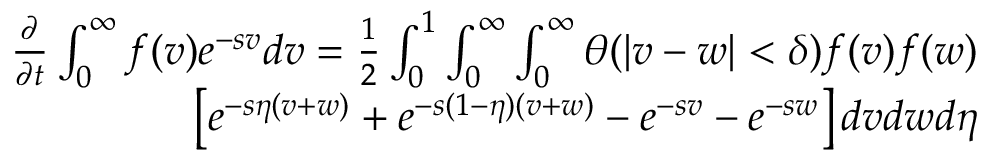
\begin{array} { r } { \begin{array} { r } { \frac { \partial } { \partial t } \int _ { 0 } ^ { \infty } f ( v ) e ^ { - s v } d v = \frac { 1 } { 2 } \int _ { 0 } ^ { 1 } \int _ { 0 } ^ { \infty } \int _ { 0 } ^ { \infty } \theta ( | v - w | < \delta ) f ( v ) f ( w ) } \\ { \left[ e ^ { - s \eta ( v + w ) } + e ^ { - s ( 1 - \eta ) ( v + w ) } - e ^ { - s v } - e ^ { - s w } \right] d v d w d \eta } \end{array} } \end{array}